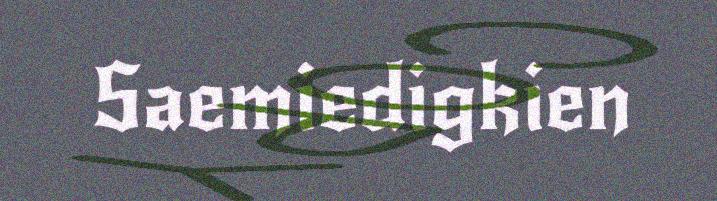
Saemiedigkien